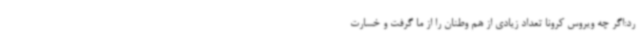
رد:اگر چه ویروس کرونا تعداد زیادی از هم وطنان را از ما گرفت و خسارت